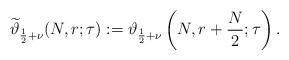
LaTeX: \begin{align*}\widetilde{\vartheta}_{\frac12+\nu}(N,r;\tau):=\vartheta_{\frac12+\nu}\left(N,r+\frac N2;\tau\right).\end{align*}